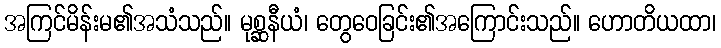
အကြင်မိန်းမ၏အသံသည်။ မုစ္ဆနီယံ၊ တွေဝေခြင်း၏အကြောင်းသည်။ ဟောတိယထာ၊